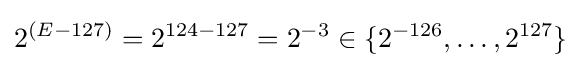
2^{(E-127)}=2^{124-127}=2^{-3}\in \{2^{-126},\ldots ,2^{127}\}